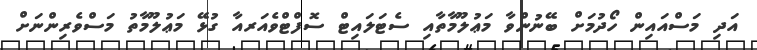
އަދި މަސްއައިން ހޯދުމަށް ބޭނުންވާ މަޢުލޫމާތާއި ސެޓަލައިޓް ސޮފްޓްވެއަރއާ ގުޅޭ މަޢުލޫމާތު މަސްވެރިންނަށް